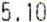
5.10